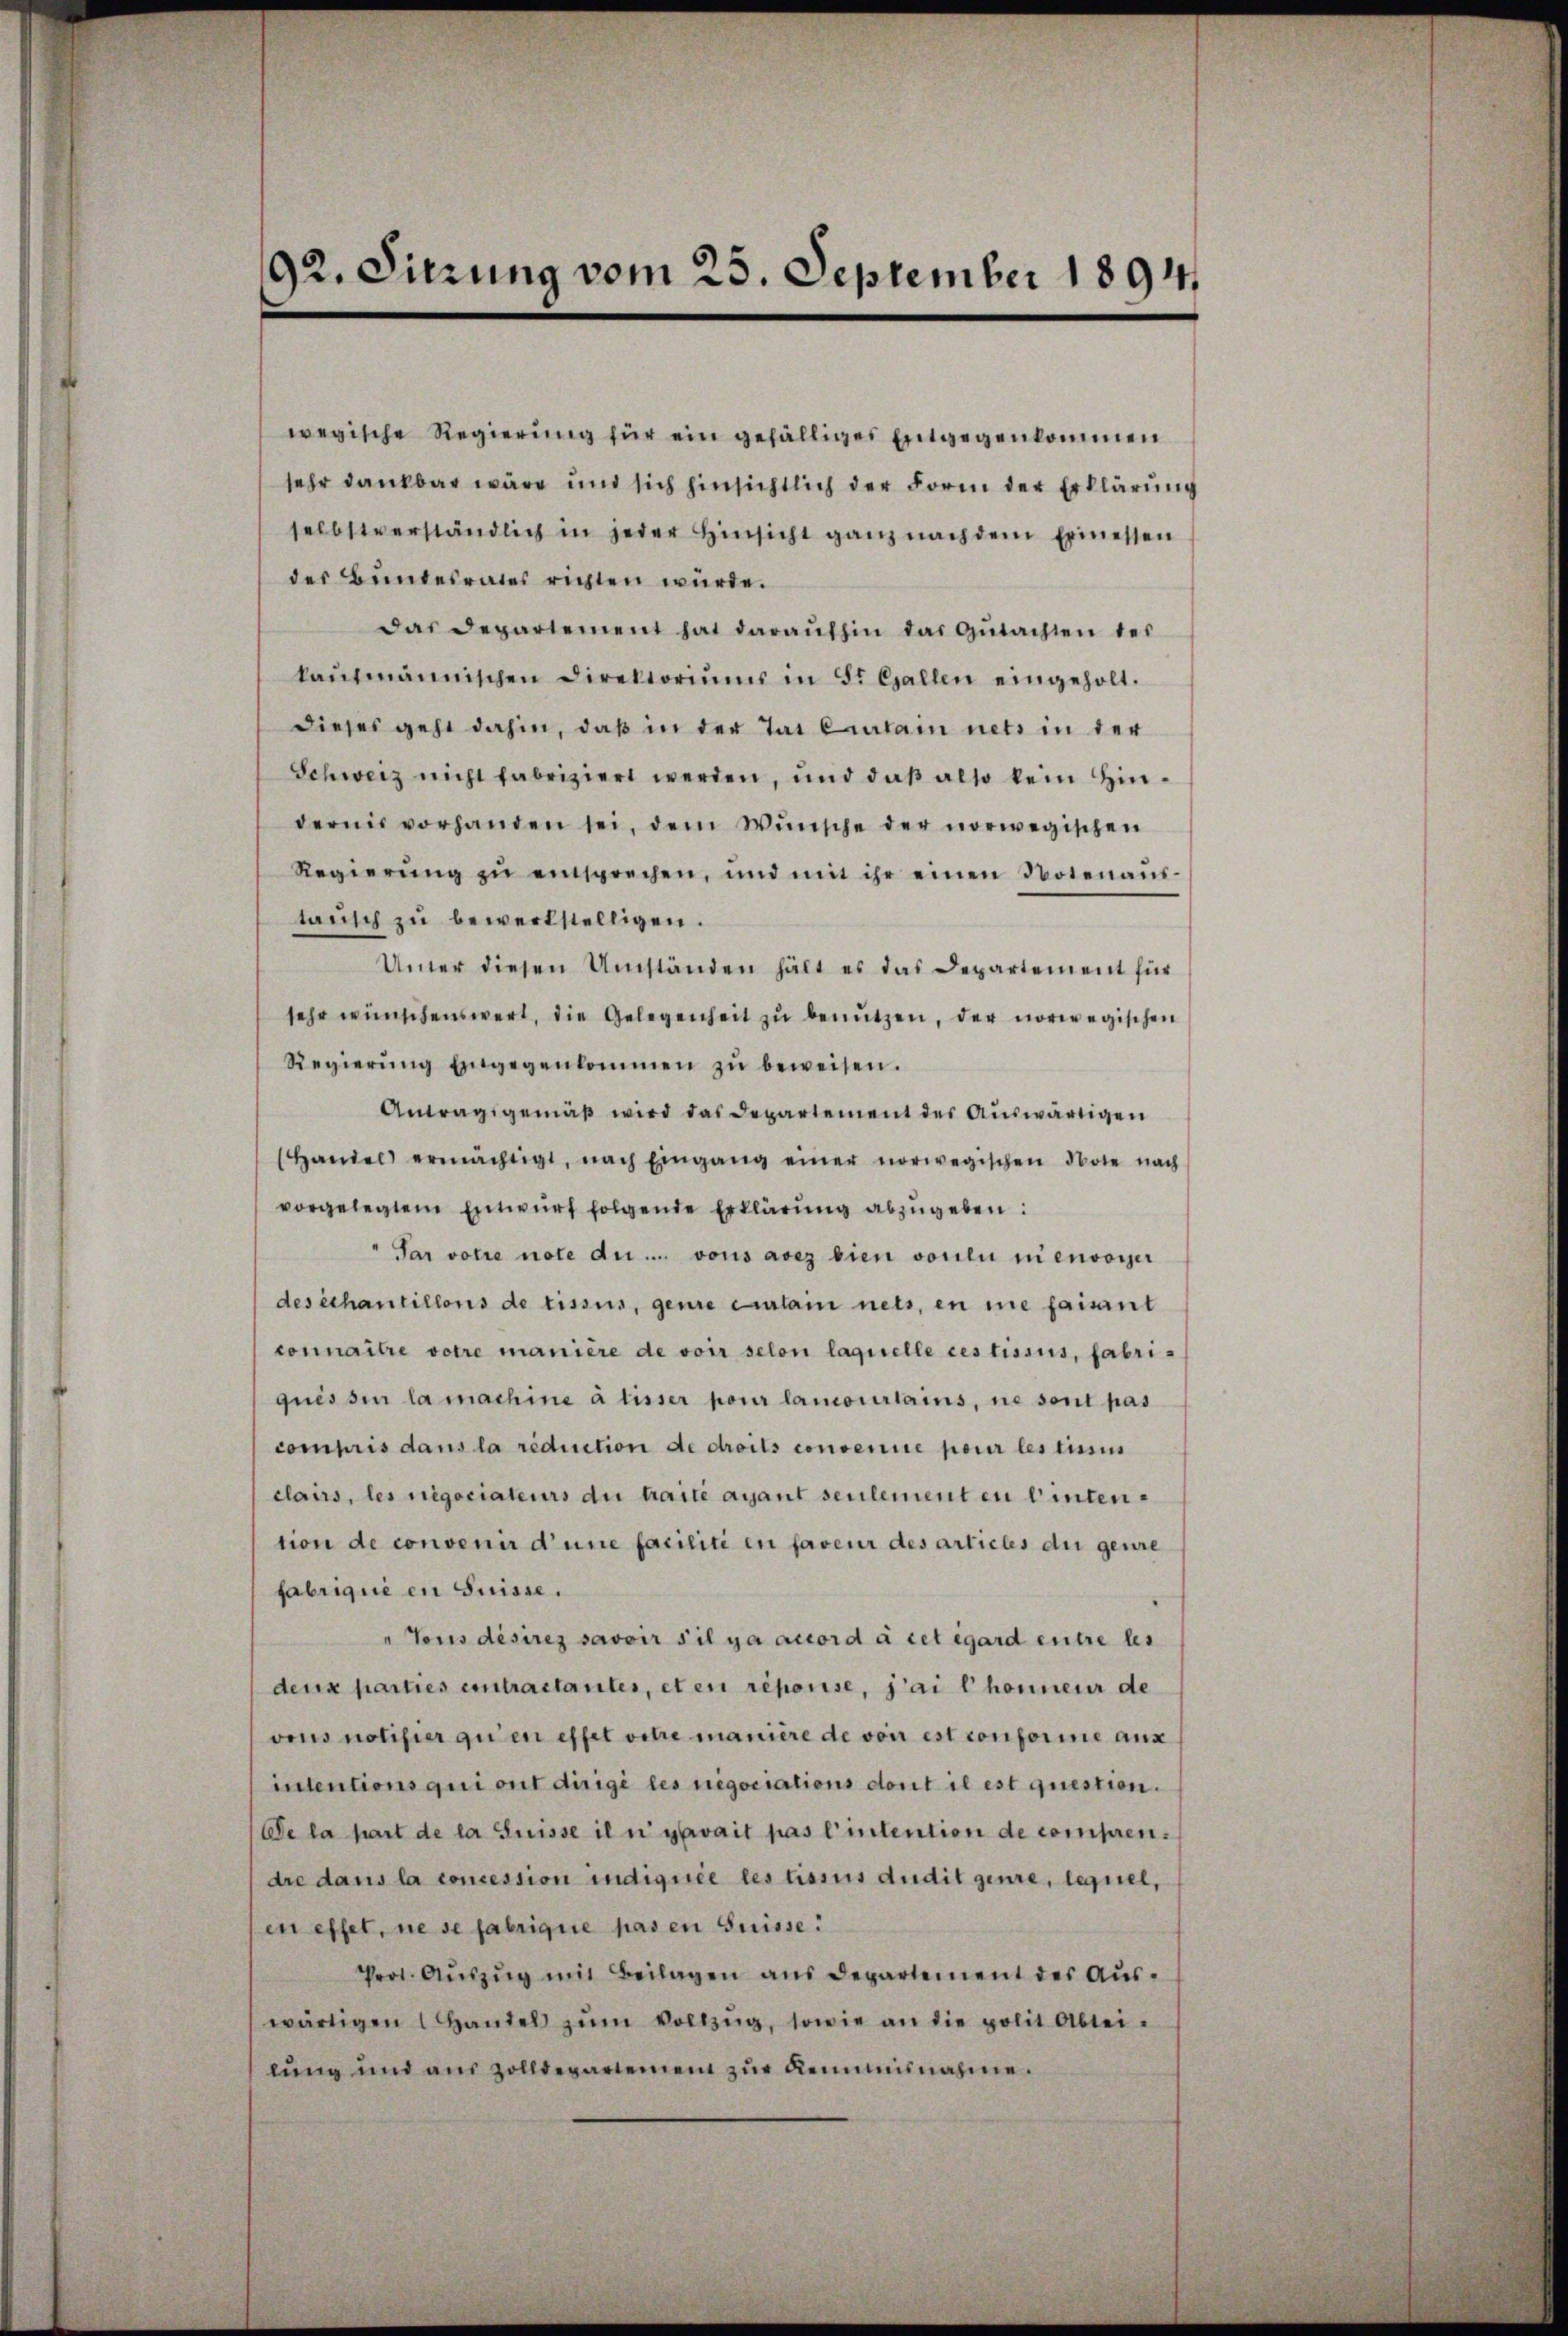
92. Sitzung vom 25. September 1894.

des Bundesrates richten würde.
das Departement hat daraŭfhin das Gŭtachten des
kaŭtmännischen Direktoriŭms in St. Gallen eingeholt.
dieses geht dahin, daß in der Tat Curtainets in der
Schweiz nicht fabriziert werden, und daβ also kein Hin-
dernis vorhanden sei, dem Wünsche der norwegischen
Regierŭng zŭ einsprechen, und mit ihr einen Notenanstansch zu bewerkstelligen.
Unter diesen Umständen hält es das Departement für
sehr wünschenswert, die Gelegenheit zu benutzen, der norwegischen
Regierŭng eingegenkommen zŭ beweisen.
Antragsgemäβ wird das Departement der Auswärtigen
(Handel ermächtigt, nach Eingang einer norwegischen Note nach
vorgelegtem Entwurf folgende Erklärung abzugeben:
Par votire note du .... vons avez bien vorlii ni envoyer
des échantillons de tissus, genre Einlain nets, en ne faisant
connaitre votre manière de voir selon laquelle ces tissus, fabriquis sie la machine à tisser pour lamourtains, ne sont pas
compris dans la réduction de droits convenue pour les tusins
clairs, les negociateurs du traité ayant seulementen Wintention de convenir d’une facilité en faveur des articles die genie
fabriqué en Suisse.
"Tons désirez savoir s’il ya accord à cet égard entre les
deux parties eintractantes, et en reponse, dai l. honneur de
vons notifier qui en effet vitre manière de von est conforine aus
intentions qui ont dirigé les negociations dont il est question.
De la part de la Suisse il n' gevait pas l’intention de comprendre dans la concession indiquée les tissus dudit genre, lequel,
en effet, ne se fabrique pas en Suisse:
Prot. Aŭszŭg mit Beilagen ans Departement der Aŭs-
wärtigen Handel zŭm Vollzŭg, sowie an die polit Abtei-
lung und aus Zolldepartement zŭr Reminisnahme.

wegische Regierŭng für ein gefälliges Entgegenkommen
sehr dankbar wäre und sich hinsichtlich der Form der Erklärung
selbstverständlich in jeder Hinsicht ganz nach dem Ermessen